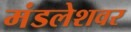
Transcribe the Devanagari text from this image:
मंडलेशवर